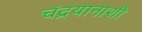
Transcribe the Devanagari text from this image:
चंद्रयानाशी